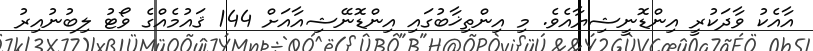
އާއެކު ވާދަކުރީ އިންޑޮނީޝިޔާއެވެ. މި އިންތިޚާބުގައި އިންޑޮނޭޝިއާއަށް 144 ޤައުމެއްގެ ވޯޓު ލިބުނުއިރު